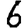
Digit: 6